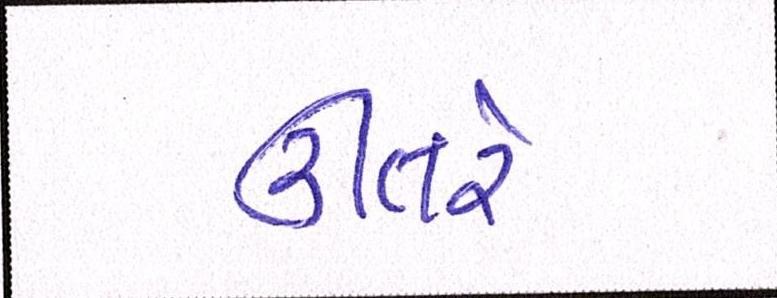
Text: ઊતરે